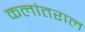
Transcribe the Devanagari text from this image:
कलांतराल